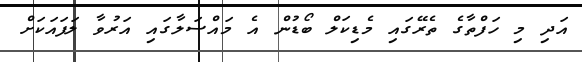
އަދި މި ހަފްތާގެ ތެރޭގައި މެޑިކަލް ބޯޑުން އެ މައްސަލާގައި އަރުވާ ލަފައަކަށް